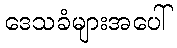
ဒေသခံများအပေါ်